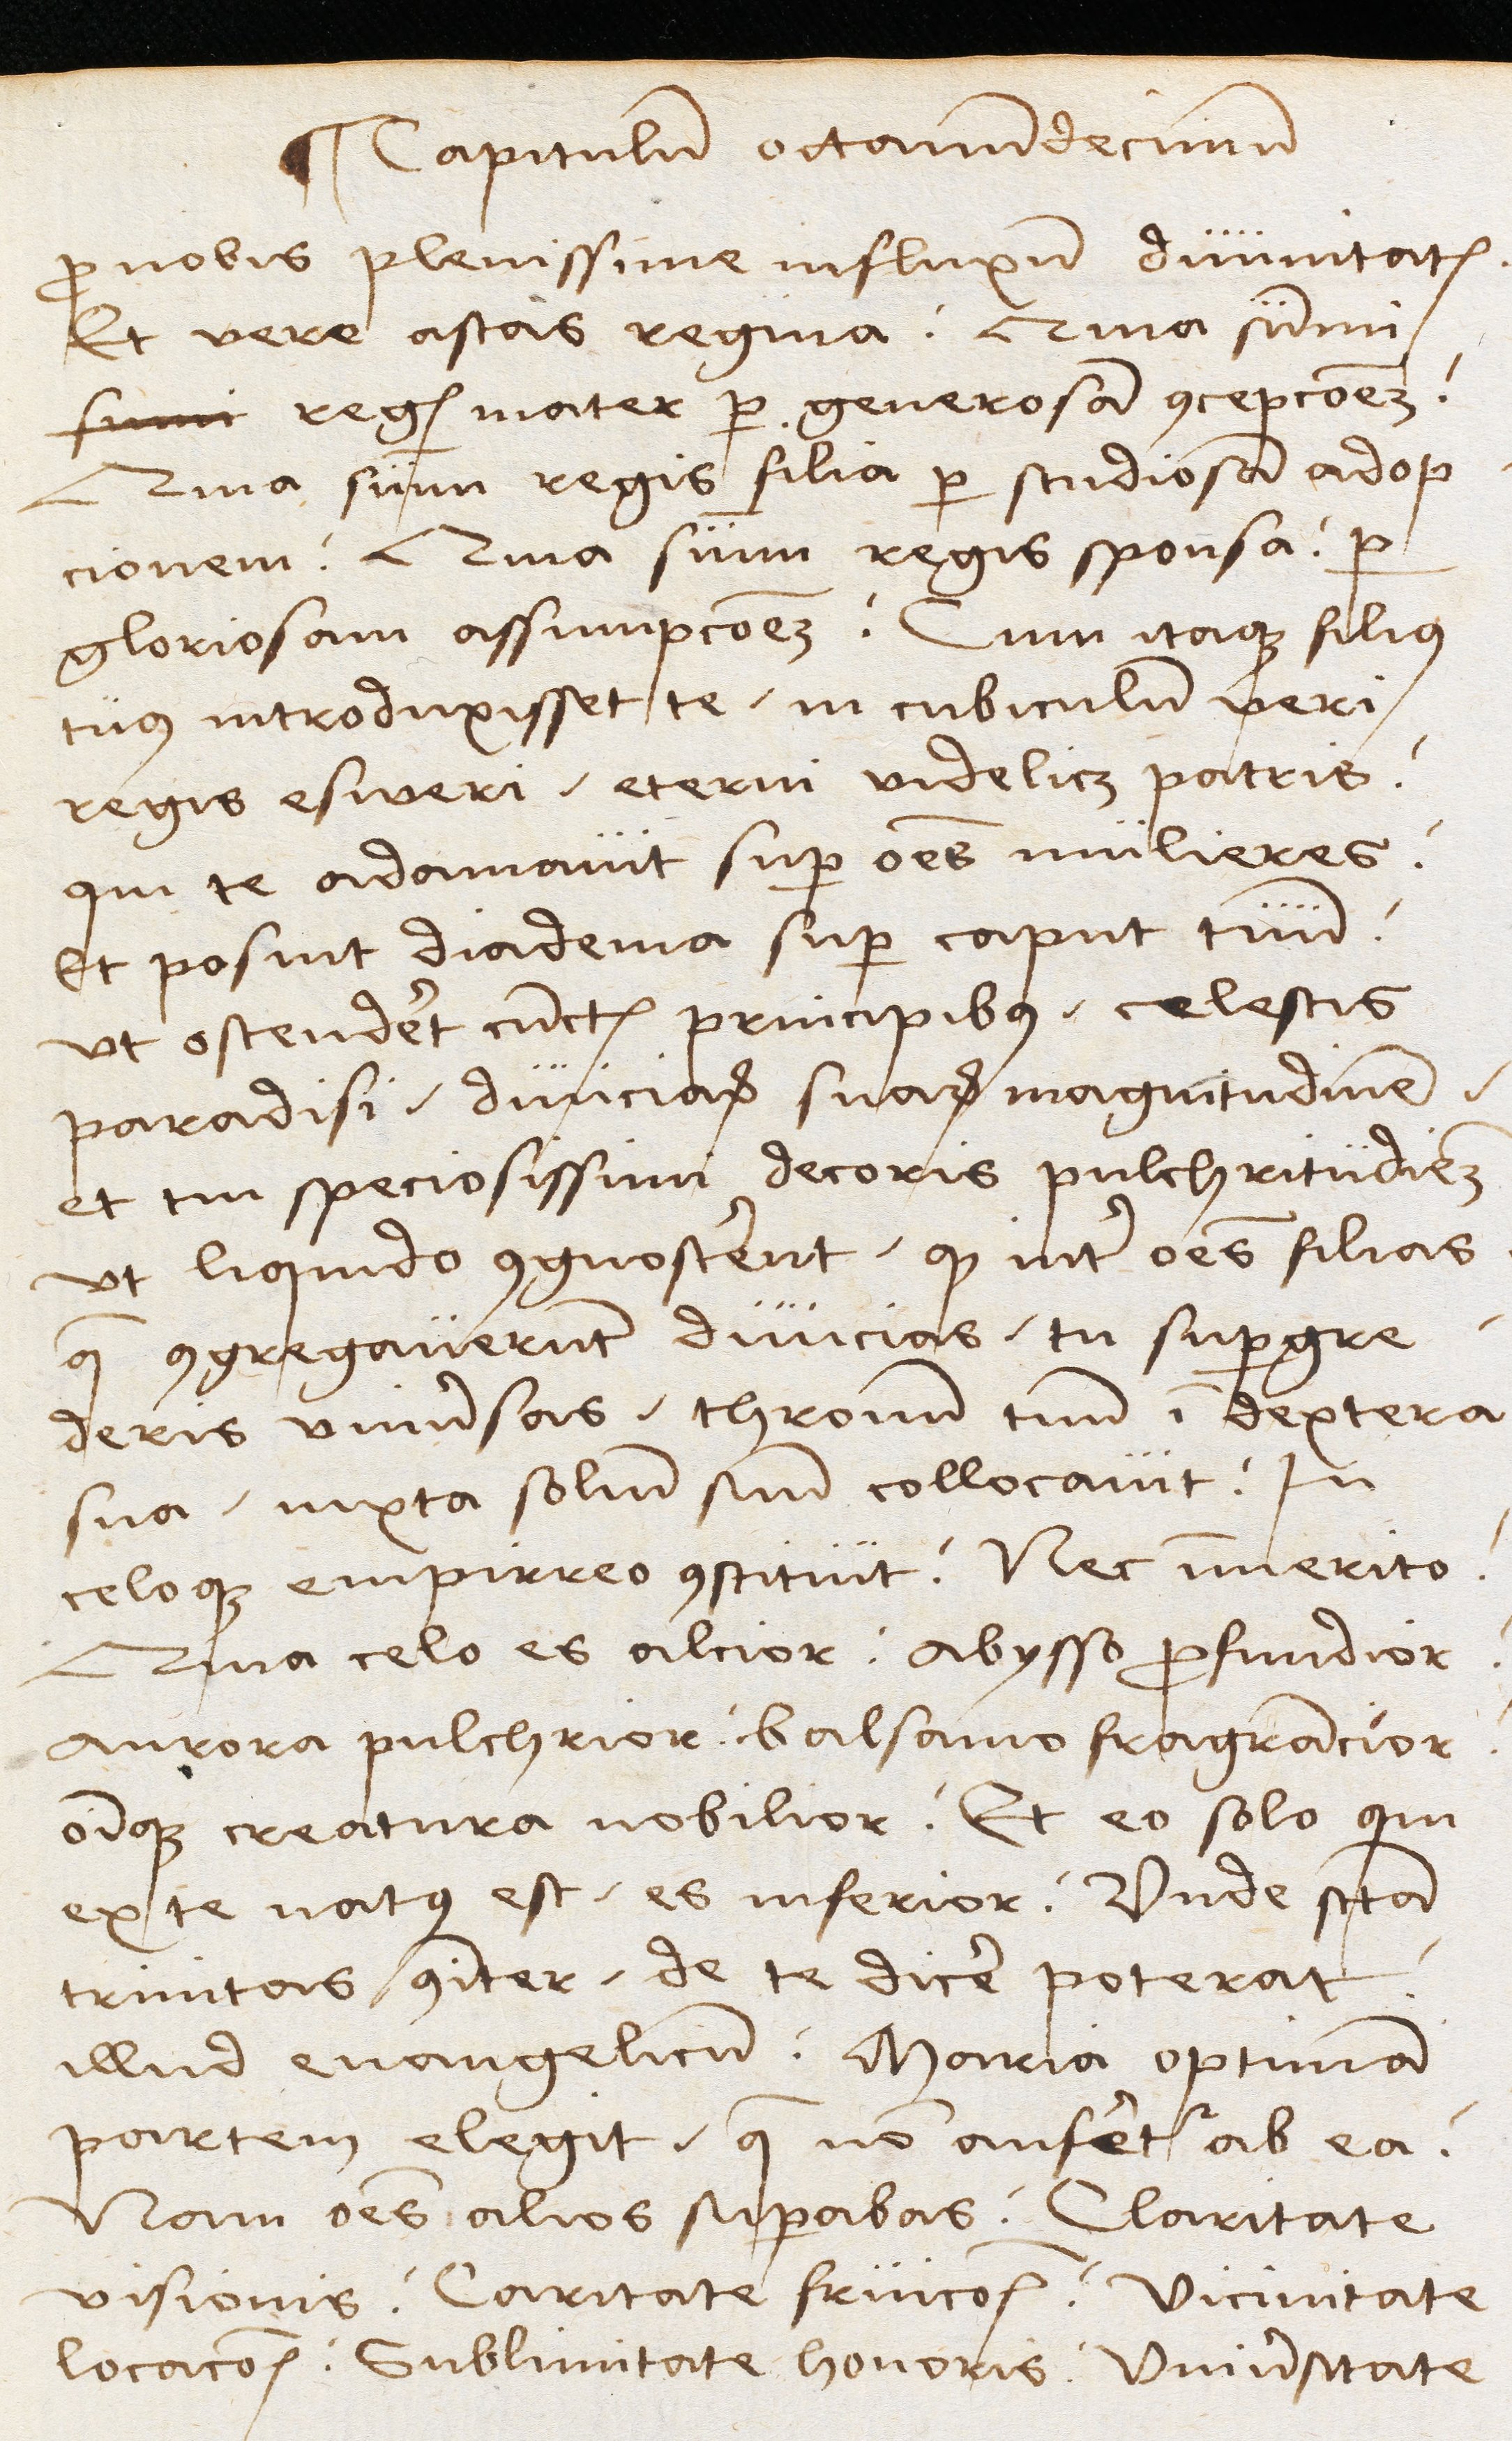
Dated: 1489–1489